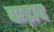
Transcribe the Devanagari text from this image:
पाड़ाद